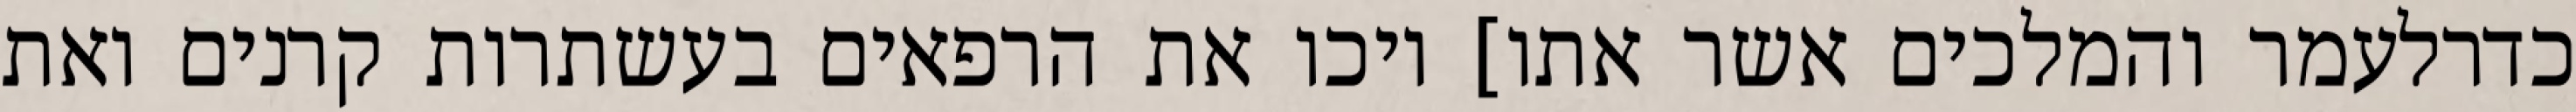
כדרלעמר והמלכים אשר אתו] ויכו את הרפאים בעשתרות קרנים ואת